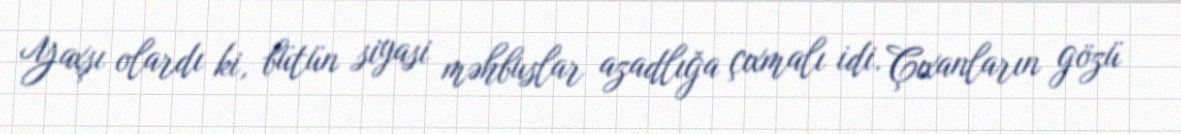
Yaxşı olardı ki, bütün siyasi məhbuslar azadlığa çıxmalı idi. Çıxanların gözü